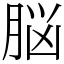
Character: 脳